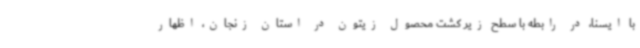
با ایسنا، در رابطه با سطح زیر کشت محصول زیتون در استان زنجان، اظهار